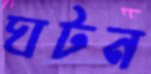
ঘটন